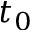
t _ { 0 }